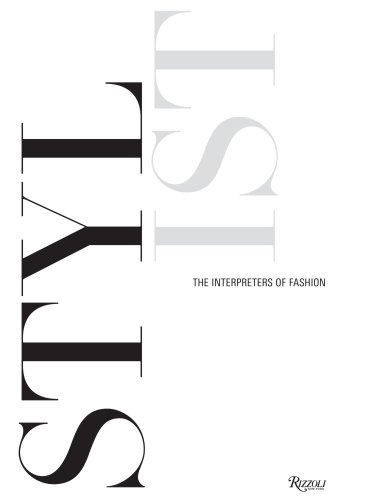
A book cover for Stylist: The Interpreters of Fashion; Arts & Photography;